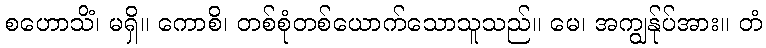
စဟောသိံ၊ မရှိ။ ကောစိ၊ တစ်စုံတစ်ယောက်သောသူသည်။ မေ၊ အကျွန်ုပ်အား။ တံ